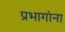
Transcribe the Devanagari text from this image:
प्रभागांना